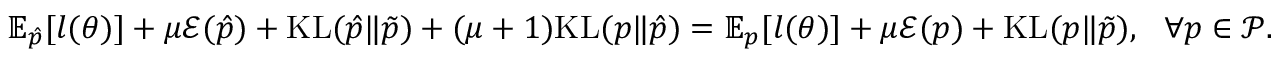
\begin{array} { r } { \mathbb { E } _ { \hat { p } } [ l ( \theta ) ] + \mu \mathcal { E } ( \hat { p } ) + \mathrm { K L } ( \hat { p } \| \Tilde { p } ) + ( \mu + 1 ) \mathrm { K L } ( p \| \hat { p } ) = \mathbb { E } _ { p } [ l ( \theta ) ] + \mu \mathcal { E } ( p ) + \mathrm { K L } ( p \| \Tilde { p } ) , \, \, \, \, \forall p \in \mathcal { P } . } \end{array}